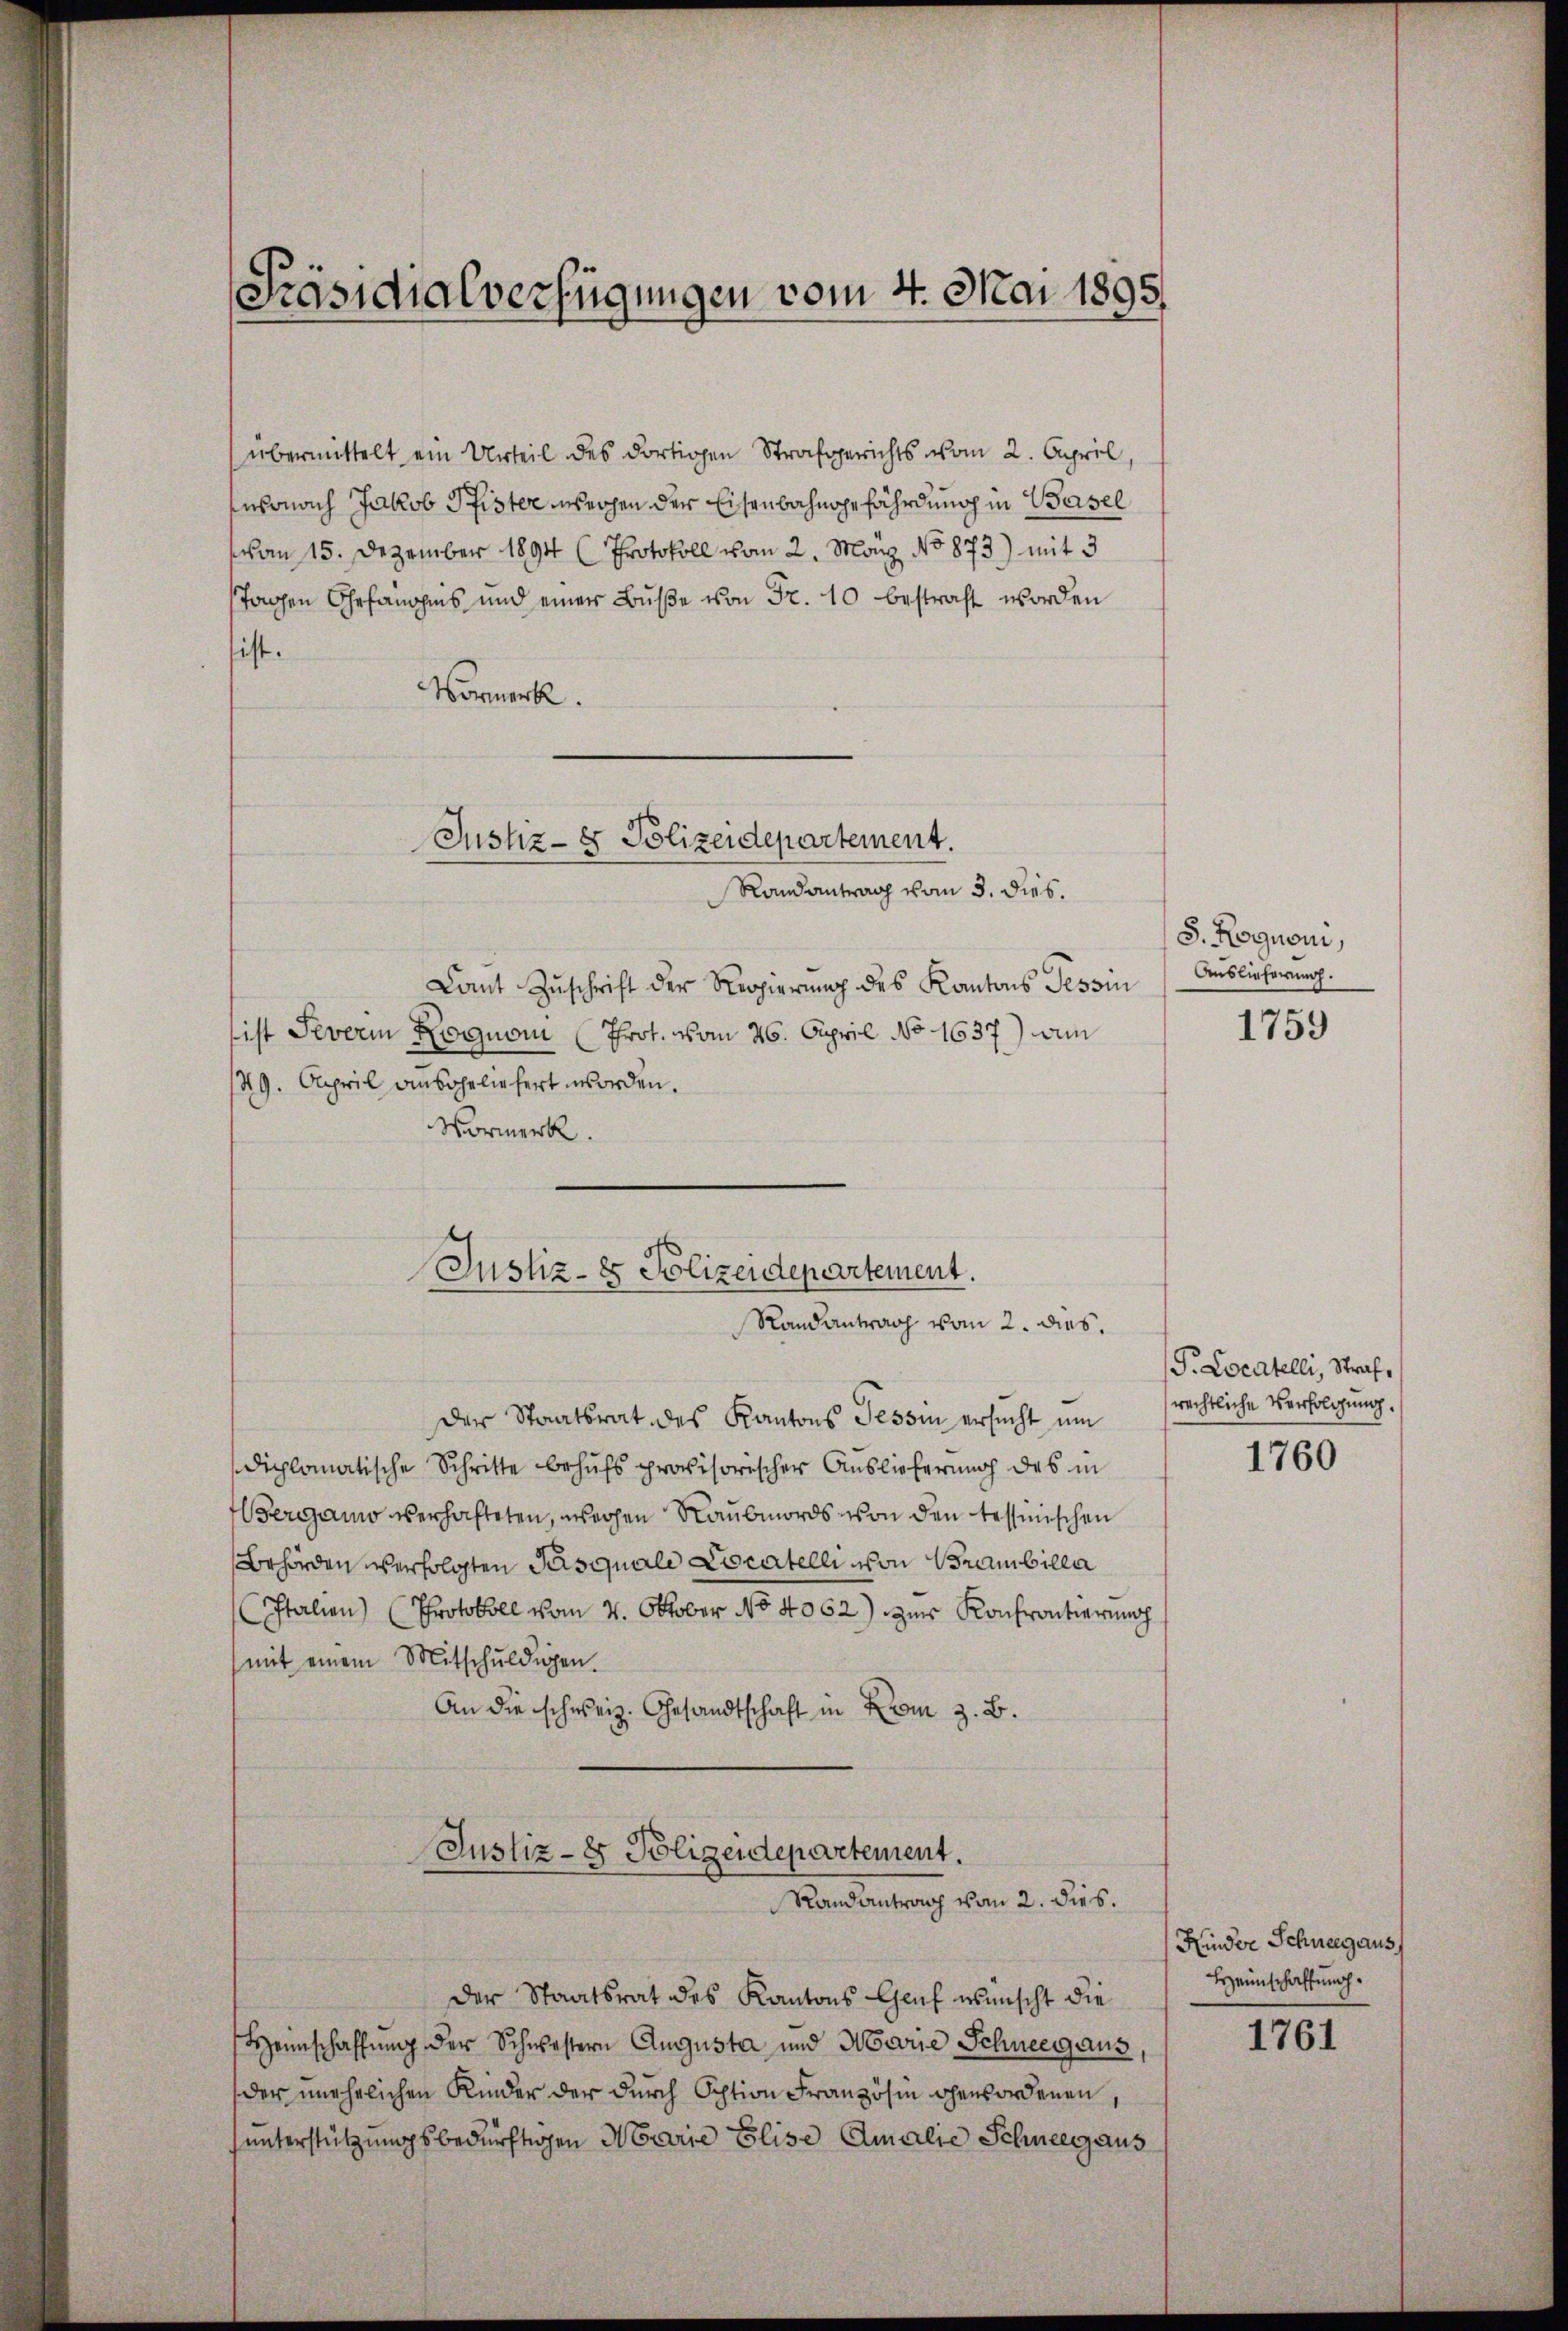
übermittelt ein Urteil des dortigen Strafgerichts vom 2. April,
Ensonach Jakob Pfister weihen der Eisenbahngefährdung in Basel
von 15. Dezember 1894 (Protokoll vom 2. May No 873) mit 3
Tagen Ehefängnis und einer Bŭβe von Fr. 10 bestraft worden
ist.
Vormerk.
Camt Zuschrift der Regierung des Kantons Tessin
sist Severin Rognom (Prot. vom 26. April No 1637) Am
49. April ansohelichert worden.
Vormerk.
der Staatsrat des Kantons Tessin ersucht ŭm
diplomatische Schritte behufs provisorischer Auslieferung des in
Bergamo verhafteten, wochen Raubmords von den tessinischen
Behörden verfolgten Pasquale Locatelli von Branbilla
Italien) (Protokoll vom 4. Oktober No 4062) zur Konfrontierung
(mit einem Mitschuldigen.
An die schweiz. Gesandtschaft in Rom z. B.
Justiz- & Polizeidepartement.
Randantrag vom 2. dies.
der Staatsrat des Kantons Genf wünscht die
Heimschaffung der Schwestern Augusta und Marie Schneegaus
der unehelichen Kinder der dŭrch Ochtion Französin gewordenen,
unterstützungsbedürftigen Marie Elise Amalie Schneegaus

Präsidialverfügungen vom 4. Mai 1895

Justiz- & Polizeidepartement.
Randantrag vom 3. dies.

Justiz-8 Polizeidepartement.
Randantrag vom 2. dies.

S. Hognomi,
Auslieferung.

1759

P. Locatelli, Straf,
rechtliche Verfolgung.

1760

Kinder Schneegaus,
Heimschaffung.

1761